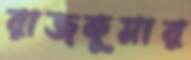
রাজকুমার